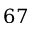
6 7